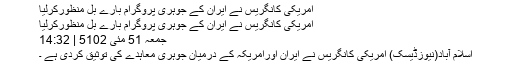
﻿ امریکی کانگریس نے ایران کے جوہری پروگرام بارے بل منظورکرلیا
امریکی کانگریس نے ایران کے جوہری پروگرام بارے بل منظورکرلیا
جمعہ‬‮ 15 مئی‬‮‬‮ 2015 | 23:41
اسلام آباد(نیوزڈیسک) امریکی کانگریس نے ایران اورامریکہ کے درمیان جوہری معاہدے کی توثیق کردی ہے ۔